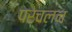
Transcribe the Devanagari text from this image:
परचलन